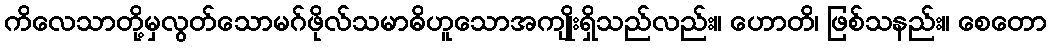
ကိလေသာတို့မှလွတ်သောမဂ်ဖိုလ်သမာဓိဟူသောအကျိုးရှိသည်လည်း။ ဟောတိ၊ ဖြစ်သနည်း။ စေတော